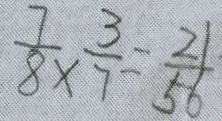
\frac { 7 } { 8 } \times \frac { 3 } { 7 } = \frac { 2 1 } { 5 6 }